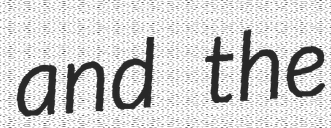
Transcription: and the